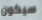
سيكون